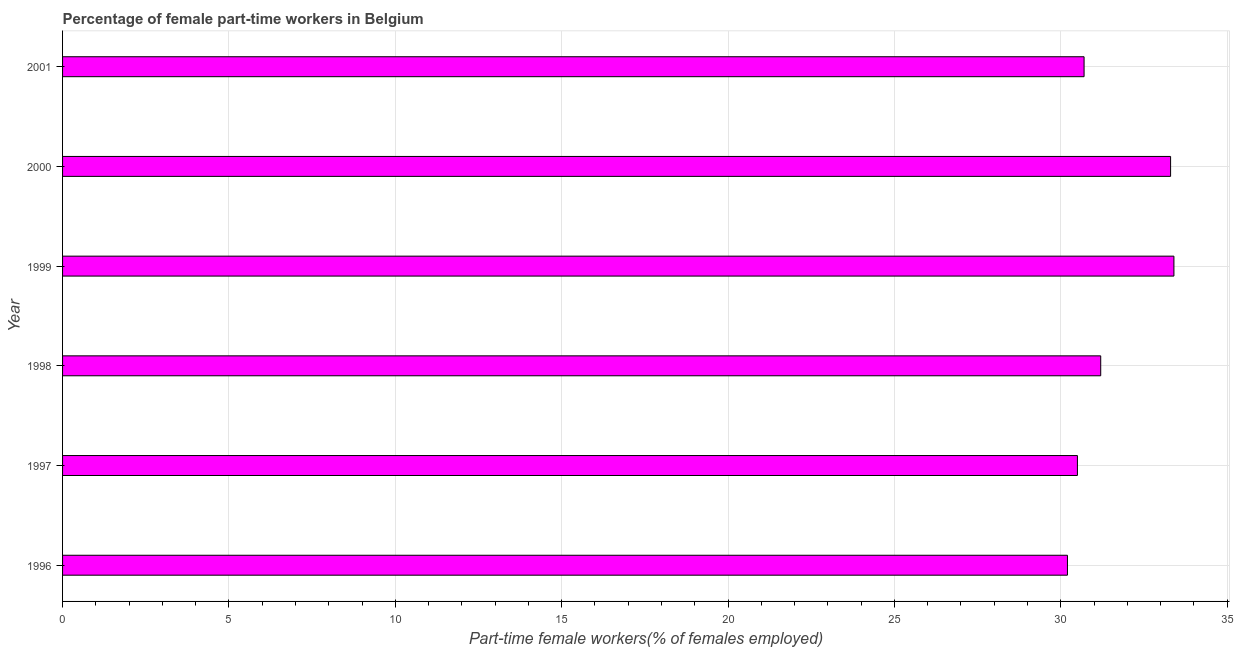
| Year | Part time employment |
 | --- | --- |
 | 1996 | 30.2 |
 | 1997 | 30.5 |
 | 1998 | 31.2 |
 | 1999 | 33.4 |
 | 2000 | 33.3 |
 | 2001 | 30.7 |